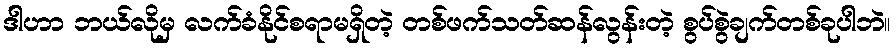
ဒါဟာ ဘယ်လိုမှ လက်ခံနိုင်စရာမရှိတဲ့ တစ်ဖက်သတ်ဆန်လွန်းတဲ့ စွပ်စွဲချက်တစ်ခုပါဘဲ။